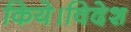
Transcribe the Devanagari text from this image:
किये।विदेश